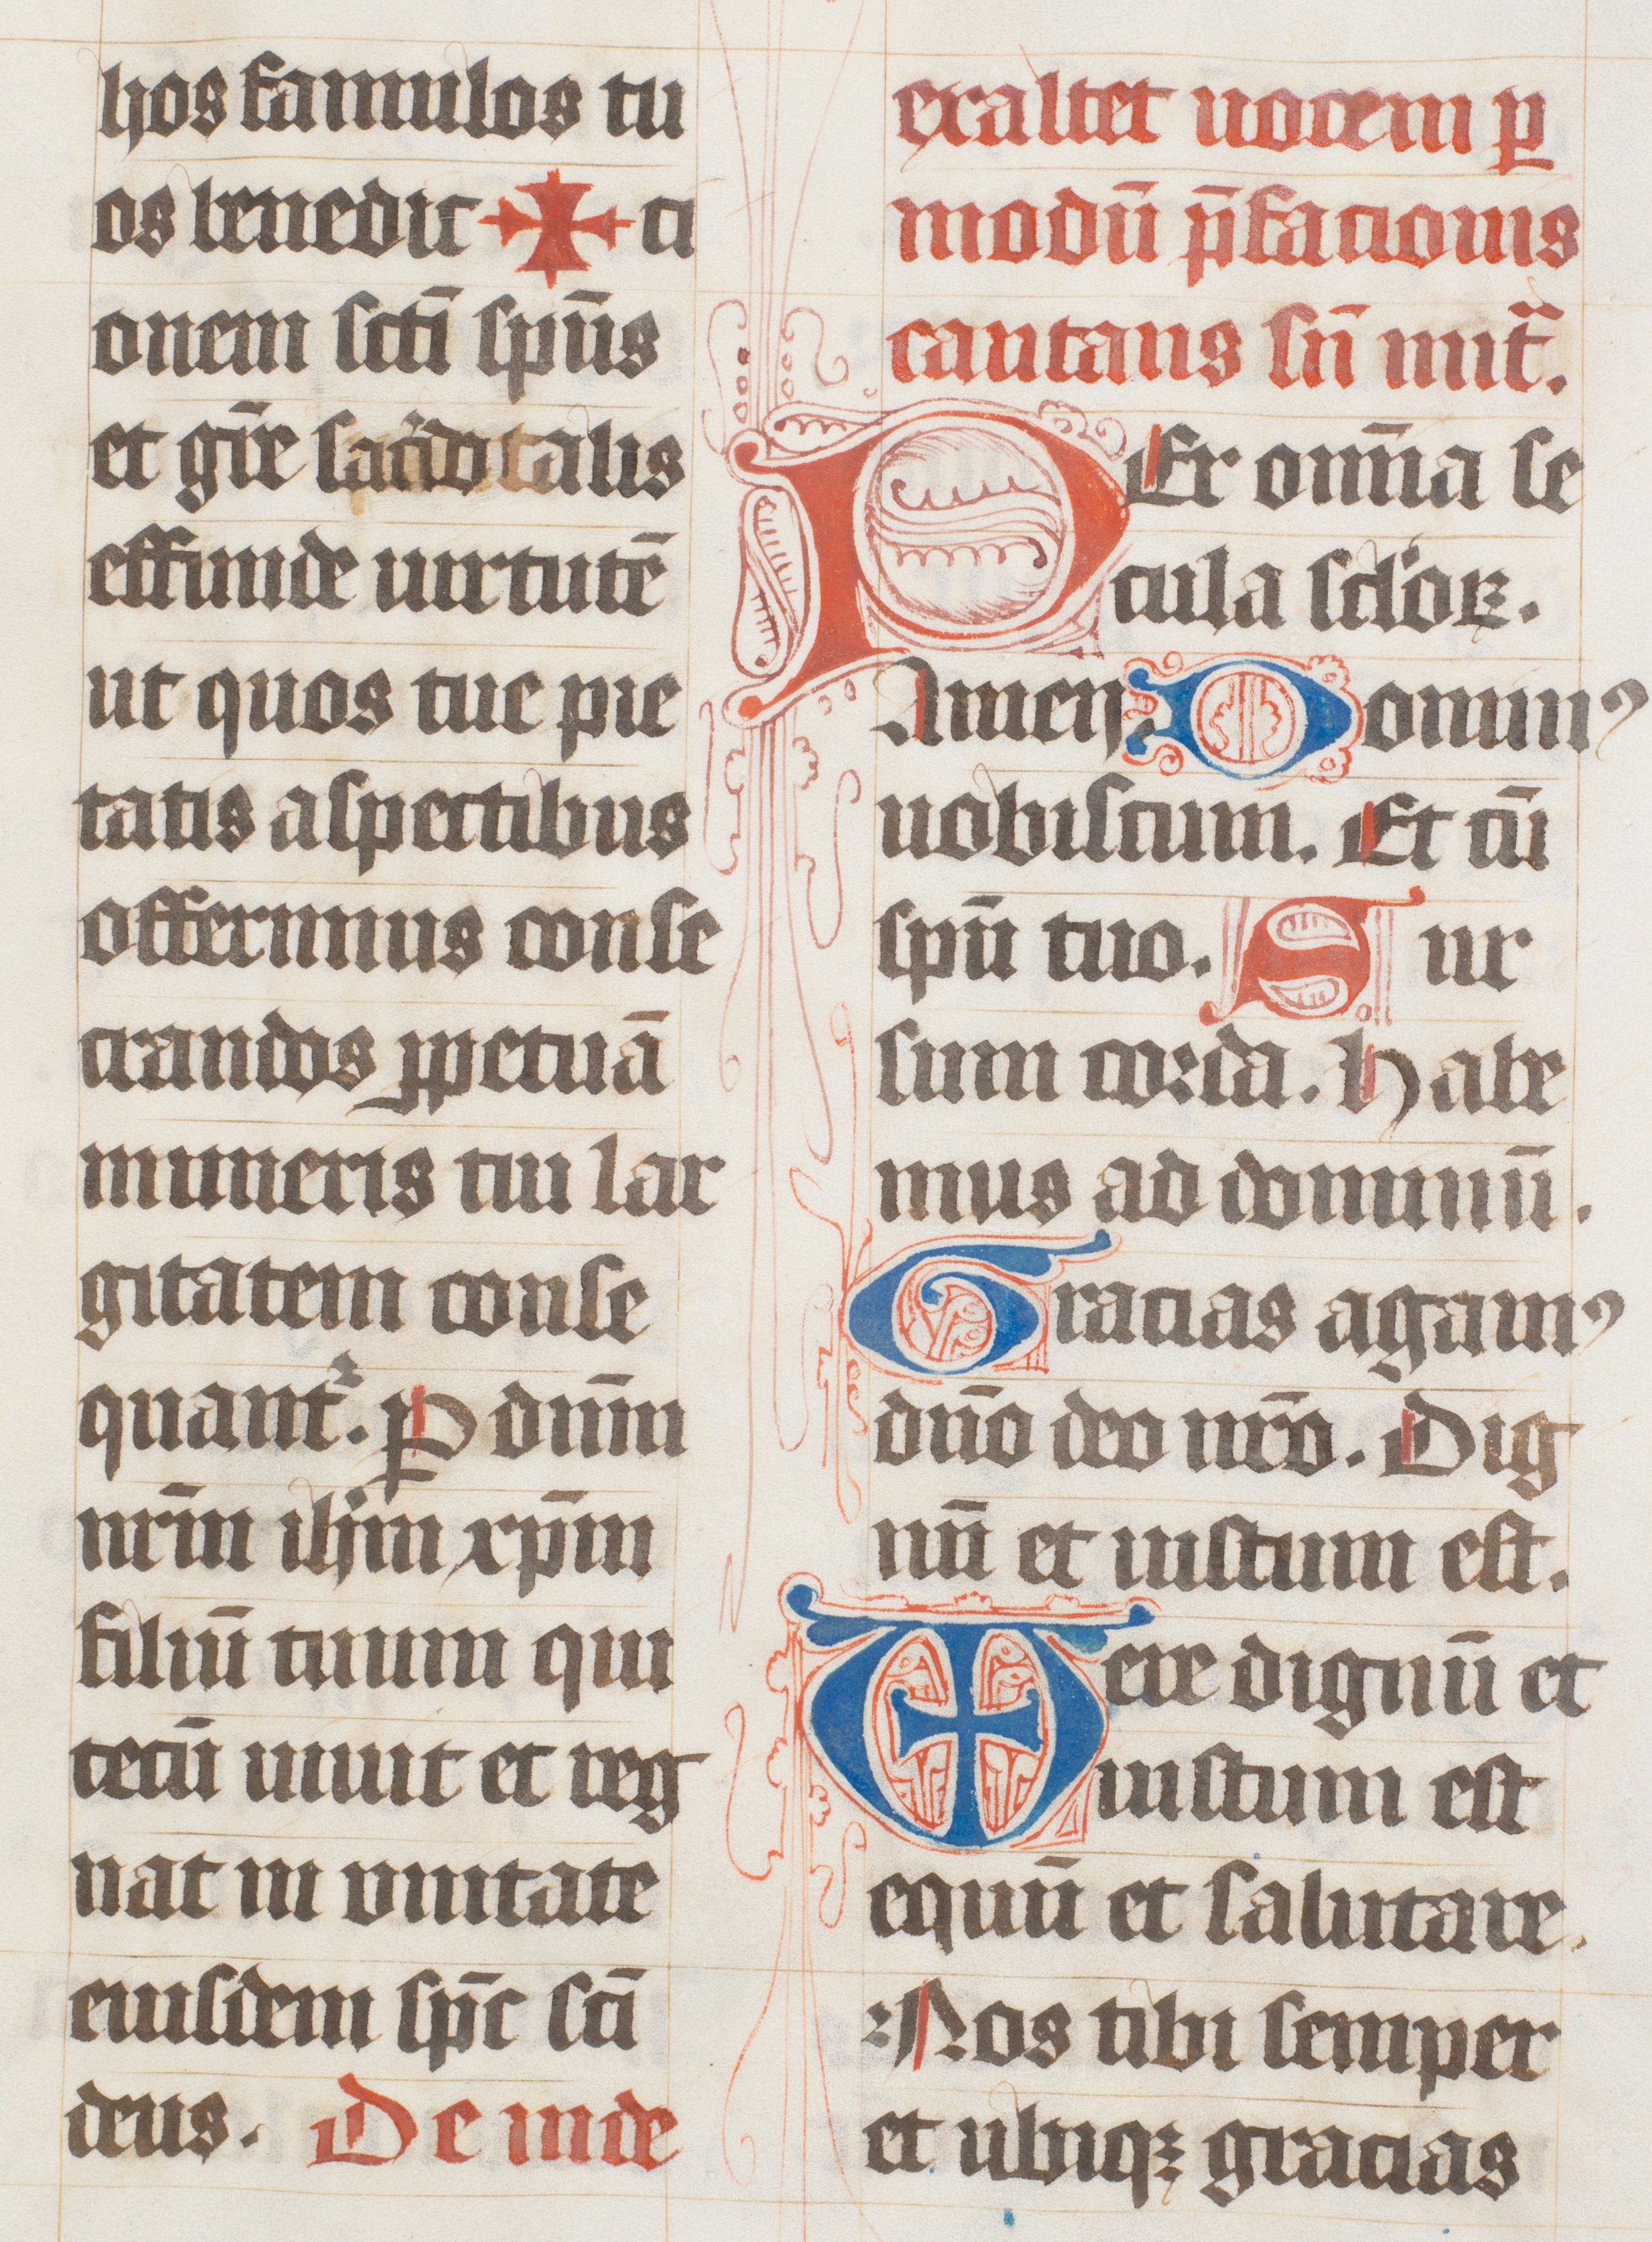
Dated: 1447–1478